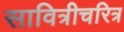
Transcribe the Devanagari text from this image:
सावित्रीचरित्र